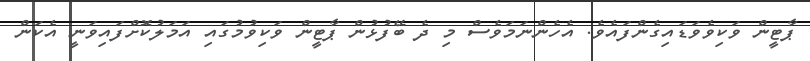
ޕާޓީން ވަކިވެވަޑައިގެންފައެވެ. އެހެންނަމަވެސް މި ދެ ބޭފުޅުން ޕާޓީން ވަކިވުމުގައި އަމަލުކޮށްފައިވަނީ އެކަން